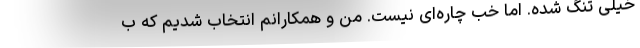
خیلی تنگ شده. اما خب چاره‌ای نیست. من و همکارانم انتخاب شدیم که ب